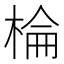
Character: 棆